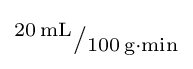
^{20\,{\textrm {mL}}}/_{100\,{\textrm {g}}{\cdot }{\textrm {min}}}